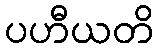
ပဟီယတိ